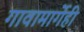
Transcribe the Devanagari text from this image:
गावामार्गेही